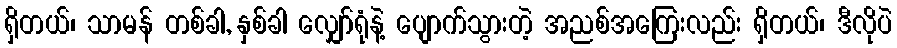
ရှိတယ်၊ သာမန် တစ်ခါ, နှစ်ခါ လျှော်ရုံနဲ့ ပျောက်သွားတဲ့ အညစ်အကြေးလည်း ရှိတယ်၊ ဒီလိုပဲ